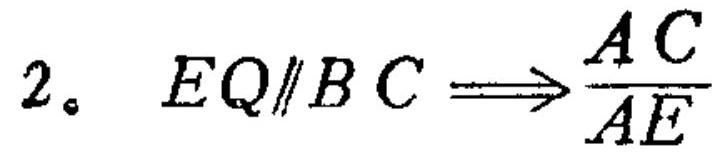
\(2。\ EQ\parallel BC\Longrightarrow\frac{AC}{AE}\)